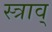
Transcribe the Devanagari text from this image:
स्त्राव्